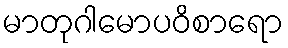
မာတုဂါမောပဝိစာရော